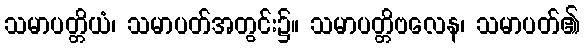
သမာပတ္တိယံ၊ သမာပတ်အတွင်း၌။ သမာပတ္တိဗလေန၊ သမာပတ်၏